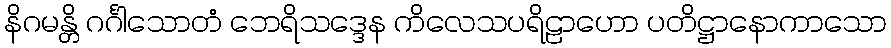
နိဂမန္တိ ဂင်္ဂါသောတံ ဘေရိသဒ္ဒေန ကိလေသပရိဠာဟော ပတိဋ္ဌာနောကာသော